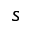
s